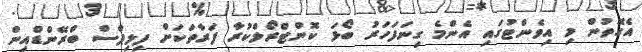
އެގޮތުން މި އިވެންޓުގައި އެންމެ ގިނަފަހަރު ބޯޅަ ކޮންޓްރޯލްކުރާ ފަރާތަކަށް ފިލިޕްސް ބްރޭންޑްއިން